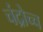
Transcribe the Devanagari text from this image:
चंद्रोच्च